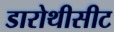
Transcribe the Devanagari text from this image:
डारोथीसीट